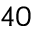
4 0